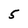
Character: 5